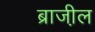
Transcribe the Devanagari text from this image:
ब्राजी़ल